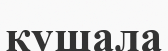
кушала